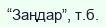
“Заңдар”, т.б.